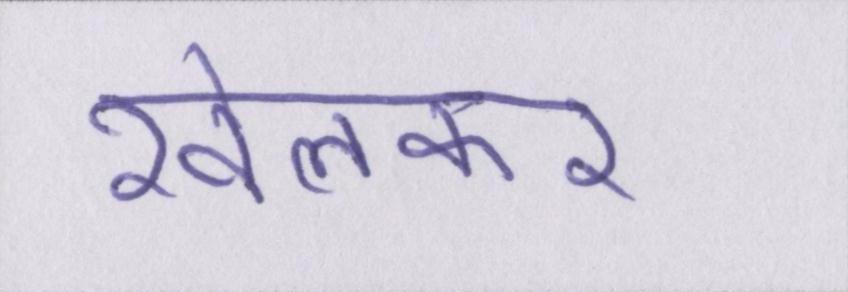
खेलकर